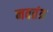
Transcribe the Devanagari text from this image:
नवतंत्र